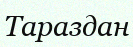
Тараздан